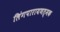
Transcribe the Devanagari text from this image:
लिंगपारायणत्मक